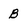
Character: b